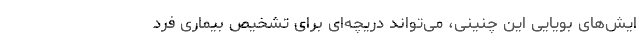
ایش‌های بویایی این چنینی، می‌تواند دریچه‌ای برای تشخیص بیماری فرد